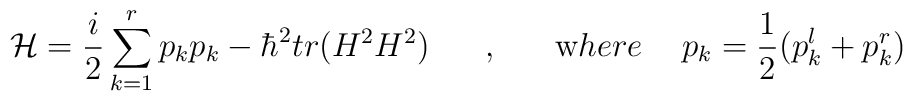
{\cal H}=\frac {i}{2}\sum_{k=1}^rp_k p_k-\hbar^2 tr (H^2H^2) \hskip 0.7 cm ,\hskip 0.7 cm {\mbox where} \hskip 0.5 cm  p_k=\frac{1}{2} (p_k^l+p_k^r)